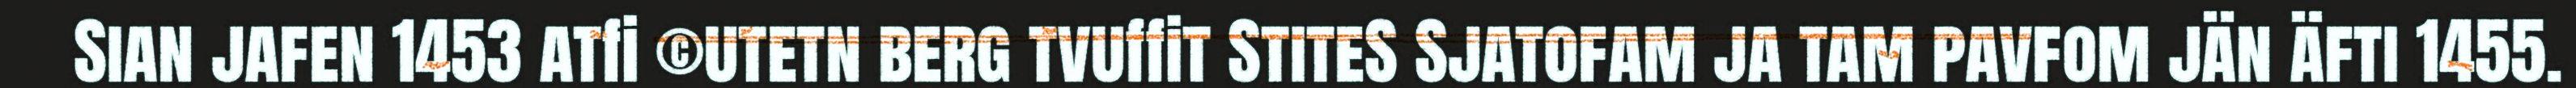
Sian jafen 1453 atfi ©utetn berg tvuffit StiteS Sjatofam ja tam pavfom jän äfti 1455.